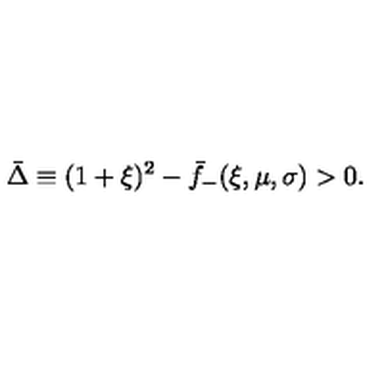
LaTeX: \bar { \Delta } \equiv ( 1 + \xi ) ^ { 2 } - \bar { f } _ { - } ( \xi , \mu , \sigma ) > 0 .